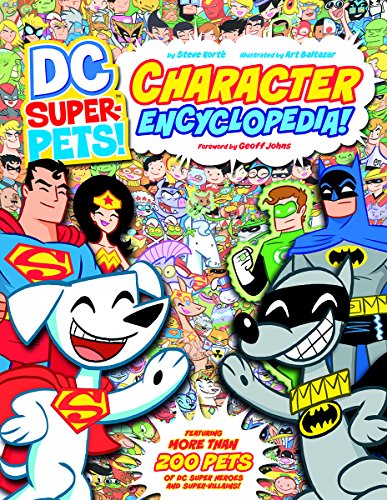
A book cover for DC Super-Pets Character Encyclopedia; Steve Korte; Reference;